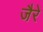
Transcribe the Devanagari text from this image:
जैरे